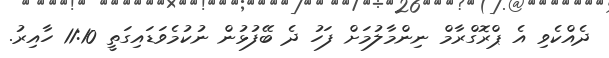
ދެއްކެވި އެ ޕްރޮގްރާމް ނިންމާލުމަށް ފަހު ދެ ބޭފުޅުން ނުކުމެވަޑައިގަތީ 11:10 ހާއިރު.